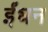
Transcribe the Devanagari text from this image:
र्इंधन